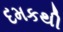
દમકથી